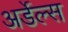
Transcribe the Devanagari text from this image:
अर्डेल्स